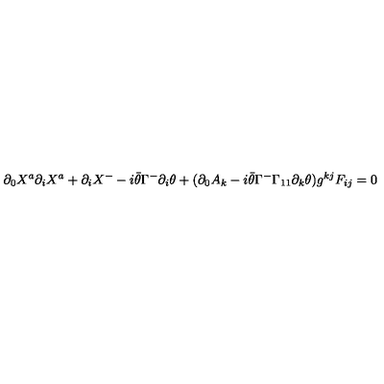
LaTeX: \partial _ { 0 } X ^ { a } \partial _ { i } X ^ { a } + \partial _ { i } X ^ { - } - i \bar { \theta } \Gamma ^ { - } \partial _ { i } \theta + ( \partial _ { 0 } A _ { k } - i \bar { \theta } \Gamma ^ { - } \Gamma _ { 1 1 } \partial _ { k } \theta ) g ^ { k j } F _ { i j } = 0